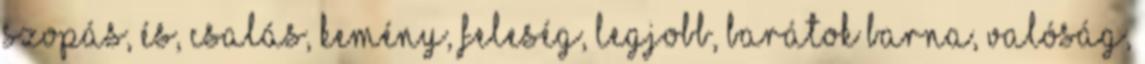
szopás, és, csalás, kemény, feleség, legjobb, barátok barna, valóság,